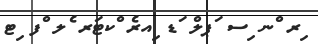
ިރ ްނ ިސ ަޕލް ަޑ ިއރެ ްކޓަރ ެލ ްފ ިޓ